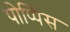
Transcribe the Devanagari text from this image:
पोप्पिंस